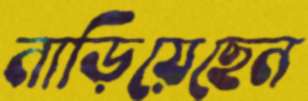
নাড়িয়েছেন